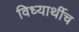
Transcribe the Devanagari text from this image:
विध्यार्थीच